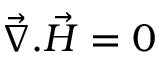
\vec { \nabla } . \vec { H } = 0